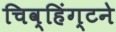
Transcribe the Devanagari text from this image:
चिव्हिंग्टने